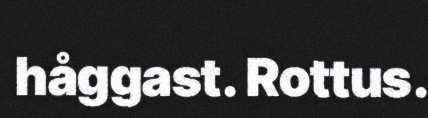
håggast. Rottus.